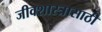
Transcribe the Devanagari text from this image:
जीवशास्त्रासाठी